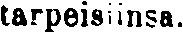
tarpeisiinsa.